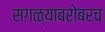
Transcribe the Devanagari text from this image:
सगळ्याबरोबरच